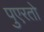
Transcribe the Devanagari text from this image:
पुएरतो